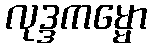
လုဒ္ဒကမ္မော